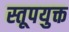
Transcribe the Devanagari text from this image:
स्तूपयुक्त